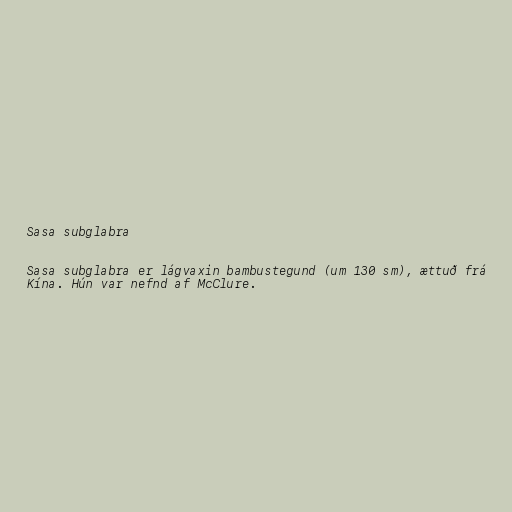
Sasa subglabra

Sasa subglabra er lágvaxin bambustegund (um 130 sm), ættuð frá
Kína. Hún var nefnd af McClure.